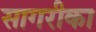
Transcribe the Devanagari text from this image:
सागरीका